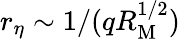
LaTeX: r_{\eta}\sim 1/(qR_{\mathrm{M}}^{1/2})